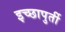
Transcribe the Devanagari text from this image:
इच्छापुर्ती